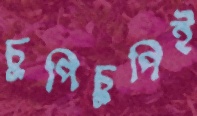
চুপিচুপিই